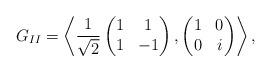
LaTeX: \begin{align*}G_{II} = \left\langle \frac{1}{\sqrt{2}} \begin{pmatrix}1 & 1 \\1 & -1\end{pmatrix},\begin{pmatrix}1 & 0 \\0 & i\end{pmatrix}\right\rangle,\end{align*}